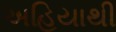
અહિયાથી